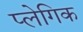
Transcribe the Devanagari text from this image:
प्लेगिक